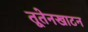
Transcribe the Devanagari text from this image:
तूतेनखाटन